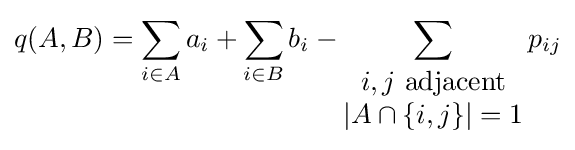
q(A,B)=\sum _{i\in A}a_{i}+\sum _{i\in B}b_{i}-\sum _{\begin{matrix}i,j{\text{ adjacent}}\\|A\cap \{i,j\}|=1\end{matrix}}p_{ij}